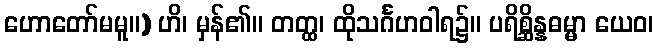
ဟောတော်မမူ။) ဟိ၊ မှန်၏။ တတ္ထ၊ ထိုသင်္ဂဟဝါရ၌။ ပရိစ္ဆိန္နဓမ္မာ ယေဝ၊